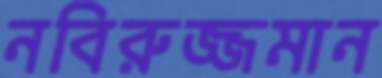
নবিরুজ্জমান